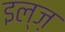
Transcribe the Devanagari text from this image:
इल्ज़